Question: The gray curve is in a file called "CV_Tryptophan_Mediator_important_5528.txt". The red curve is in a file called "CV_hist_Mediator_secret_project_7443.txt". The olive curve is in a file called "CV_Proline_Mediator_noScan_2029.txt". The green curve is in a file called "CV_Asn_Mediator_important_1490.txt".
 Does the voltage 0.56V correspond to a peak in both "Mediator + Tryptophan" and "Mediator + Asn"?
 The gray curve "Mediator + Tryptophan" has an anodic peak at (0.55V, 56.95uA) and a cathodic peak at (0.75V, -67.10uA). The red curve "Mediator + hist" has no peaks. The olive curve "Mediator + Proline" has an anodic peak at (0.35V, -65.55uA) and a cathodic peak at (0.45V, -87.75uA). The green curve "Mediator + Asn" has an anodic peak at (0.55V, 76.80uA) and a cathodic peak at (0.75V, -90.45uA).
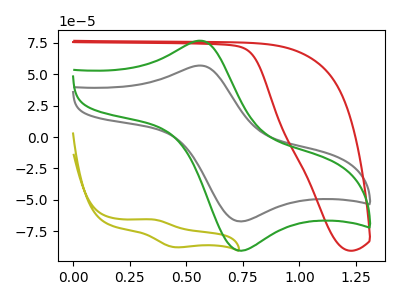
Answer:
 <answer>Yes, "Mediator + Tryptophan" and "Mediator + Asn" share a peak at 0.56V.</answer>
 <eval>match</eval>